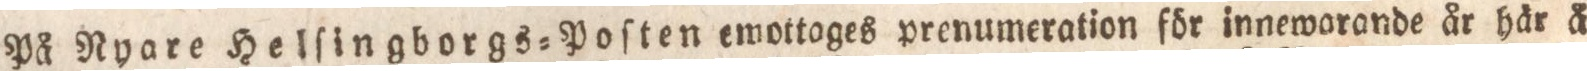
På Ryare Helſingborgs=Poſten emottages prenumeration för innewarande år här å